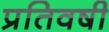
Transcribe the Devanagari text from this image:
प्रतिवषी